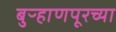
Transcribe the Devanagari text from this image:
बुऱ्हाणपूरच्या